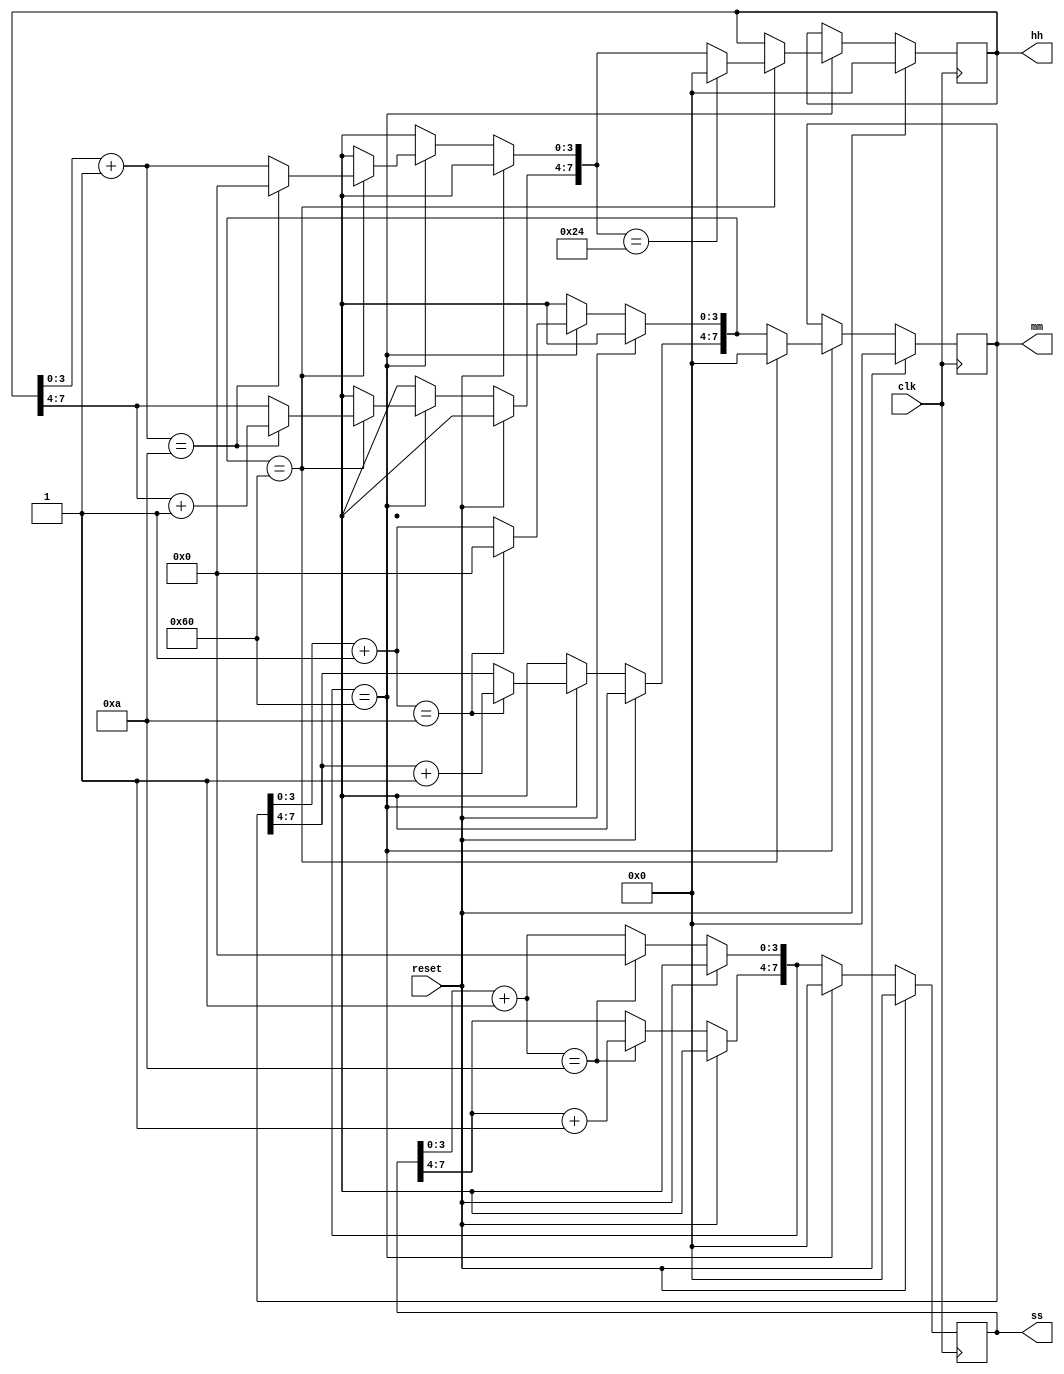
`timescale 1ns / 1ps
//////////////////////////////////////////////////////////////////////////////////
// Company: 
// Engineer: 
// 
// Design Name: 
// Module Name: digitalClk
// Project Name: 
// Target Devices: 
// Tool Versions: 
// Description: 
// 
// Dependencies: 
// 
// Revision:
// Revision 0.01 - File Created
// Additional Comments:
// 
//////////////////////////////////////////////////////////////////////////////////


module digitalClk(
    input clk,      //1Hz Clock
    input reset,
    output reg [7:0] hh,
    output reg [7:0] mm,
    output reg [7:0] ss
    );
    
    initial
    begin
        hh = 0;
        mm = 0;
        ss = 0;
    end
    
    always@(posedge clk)
    begin
        if(reset == 1)
        begin
            hh = 0;
            mm = 0;
            ss = 0;
        end
        else
        begin
            ss[3:0] = ss[3:0] + 4'h1;
            if(ss[3:0] == 4'ha)
            begin
                ss[3:0] = 4'h0;
                ss[7:4] = ss[7:4] + 4'h1;
            end
            
            if(ss == 8'h60)
            begin
                ss =8'h00;
                mm[3:0] = mm[3:0] + 4'h1;
                if(mm[3:0] == 4'ha)
                begin
                    mm[3:0] = 4'h0;
                    mm[7:4] = mm[7:4] + 4'h1;
                end
                
                if(mm == 8'h60)
                begin
                    mm = 8'h00;
                    hh[3:0] = hh[3:0] + 4'h1;
                    if(hh[3:0] == 4'ha)
                    begin
                        hh[3:0] = 4'h0;
                        hh[7:4] = hh[7:4] + 4'h1;
                    end
                    
                    if(hh == 8'h24)
                    begin
                        hh = 8'h00;
                        mm = 8'h00;
                        ss = 8'h00;
                    end
                end
            end
        end
    end
    
endmodule